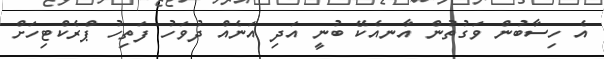
އެ ހިސާބުން ވަގުތުން އާނއެކޭ ބުނީ އަދި އަނެއް ދުވަހު ފަތިހު ޕްރެކްޓިހަށް